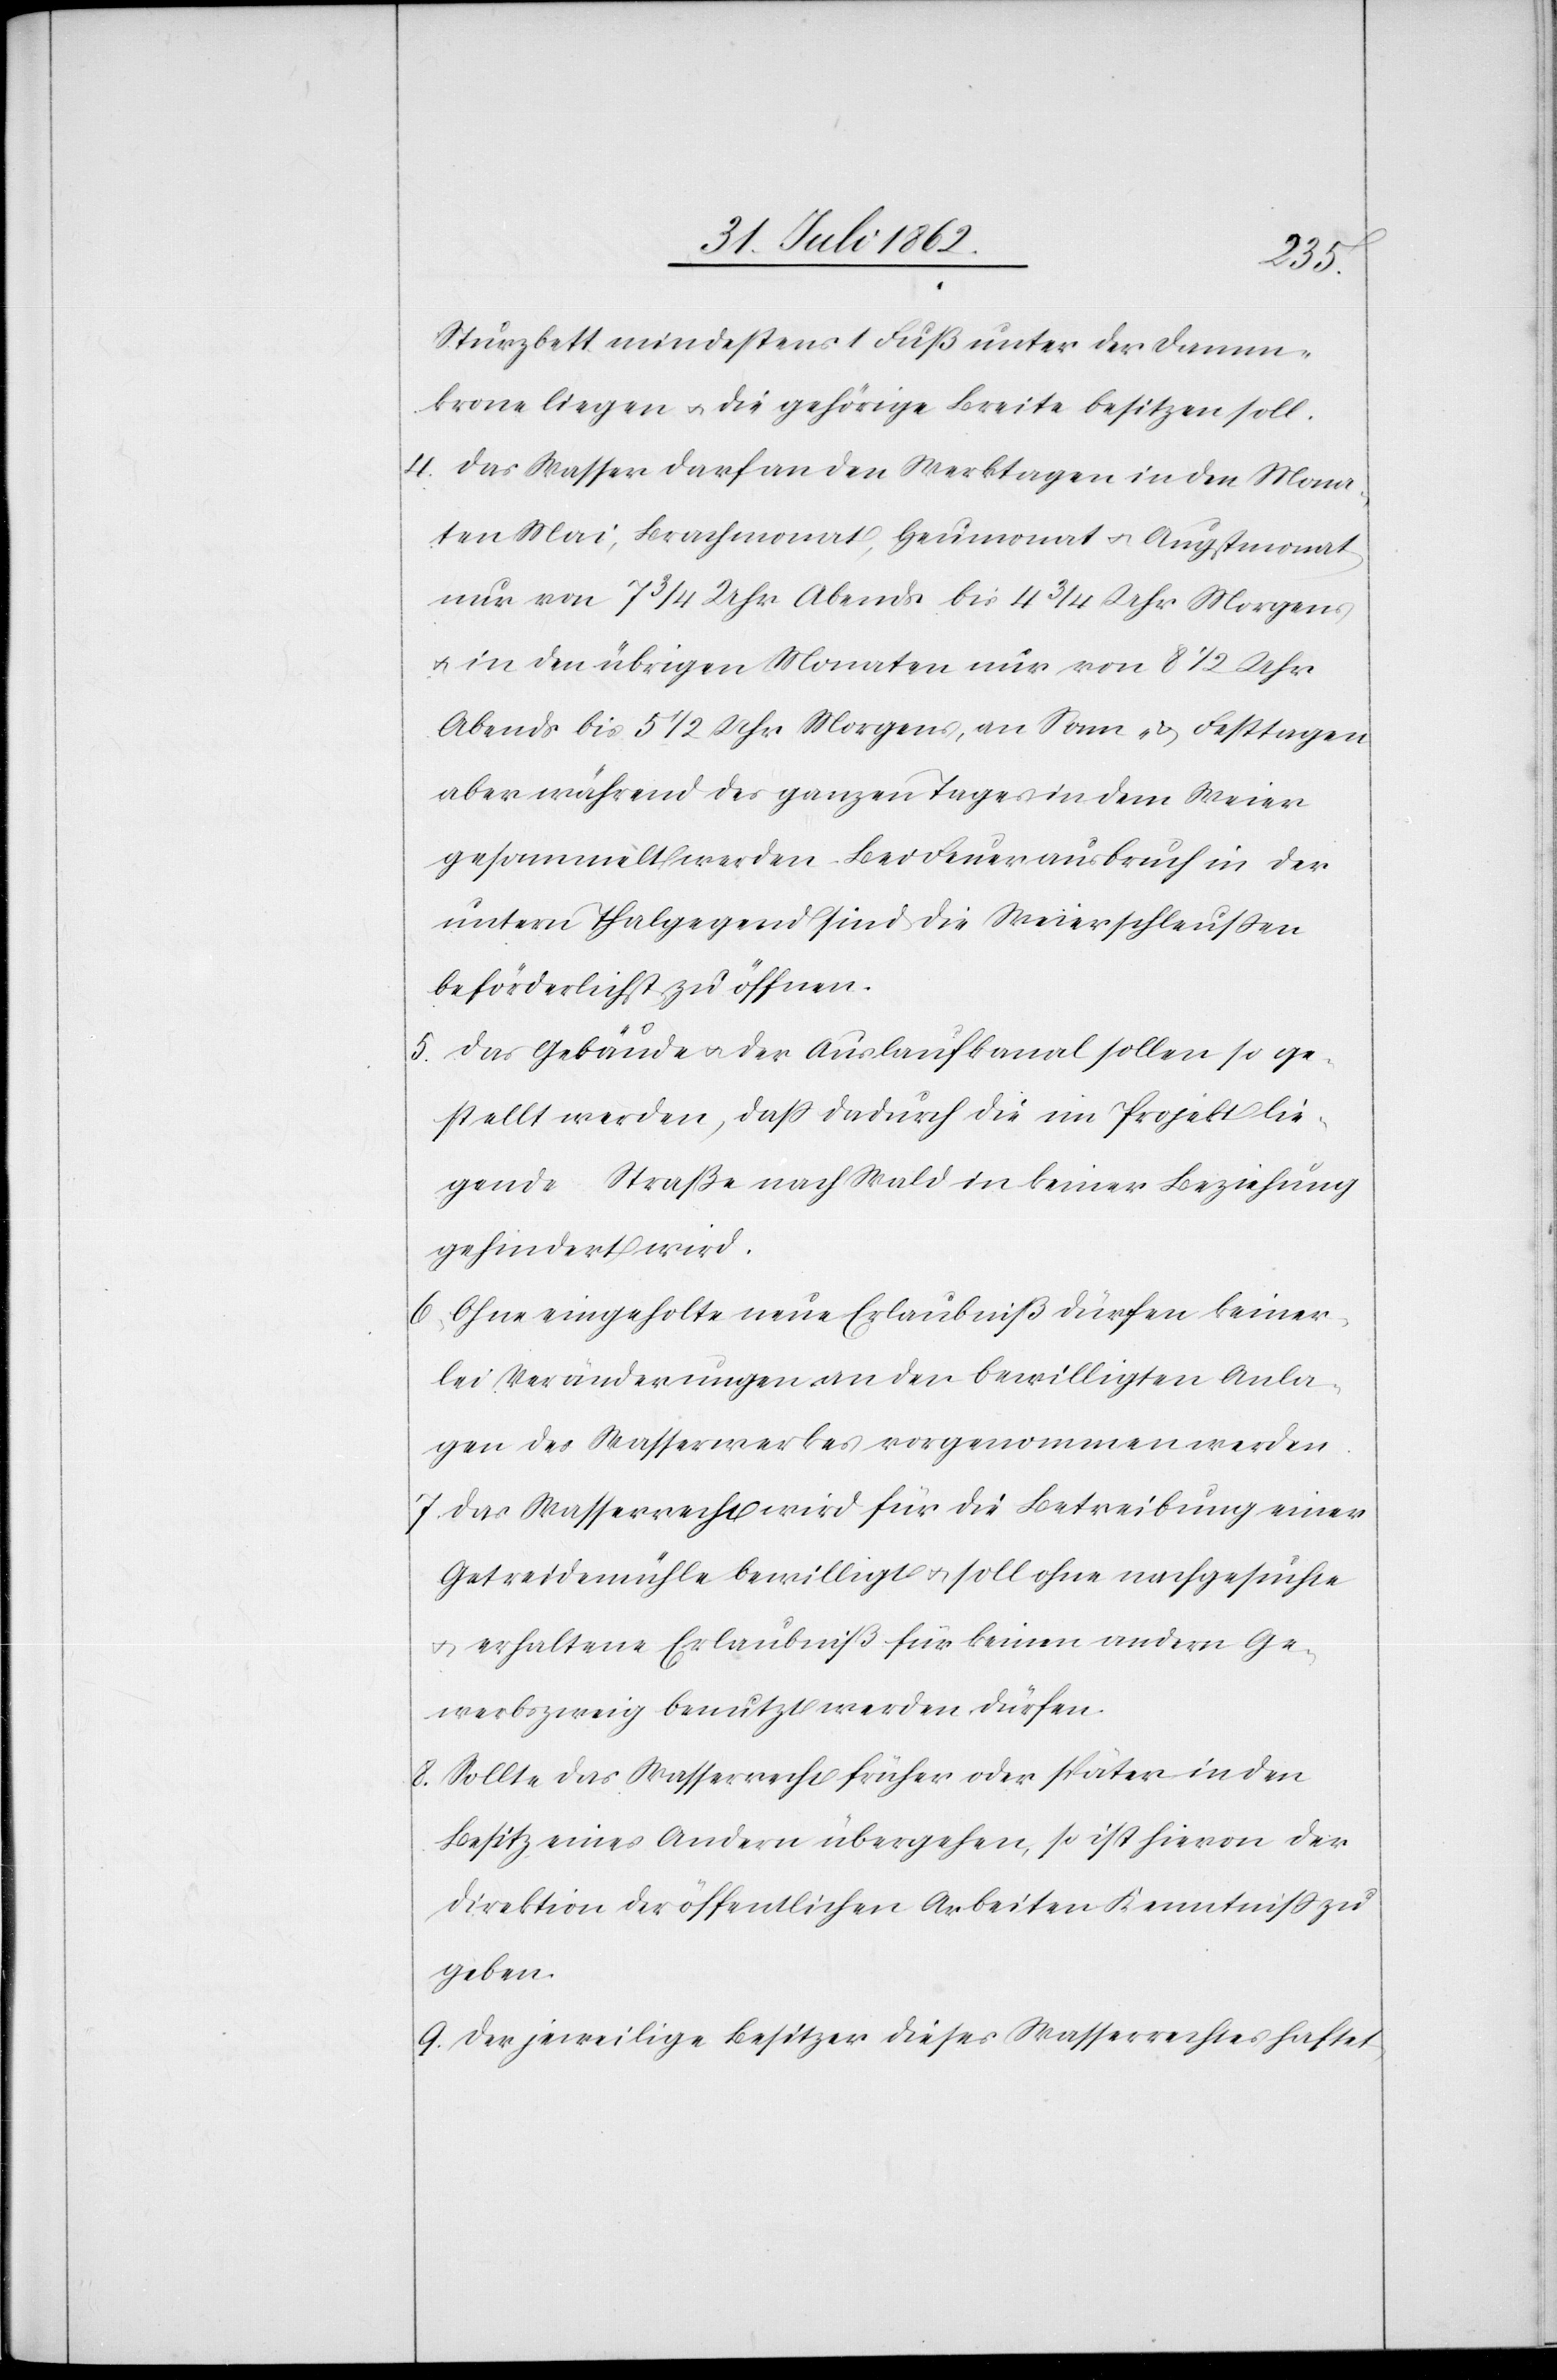
Sturzbett mindestens 1 Fuß unter der Damm¬
krone liegen u. die gehörige Breite besitzen soll.
4. Das Wasser darf an den Werktagen in den Mona¬
ten Mai, Brachmonat, Heumonat u. Augstmonat
nur von 7 3/4 Uhr Abends bis 4 3/4 Uhr Morgens
u. in den übrigen Monaten nur von 8 1/2 Uhr
Abends bis 5 1/2 Uhr morgens, an Sonn- u. Festtagen
aber während des ganzen Tages in dem Weier
gesammelt werden. Bei Feuerausbruch in der
untern Thalgegend sind die Weierschleußen
beförderlichst zu öffnen.
5. Das Gebäude u. der Auslaufkanal sollen so ge¬
stellt werden, daß dadurch die im Projekt lie¬
gende Straße nach Wald in keiner Beziehung
gehindert wird.
6. Ohne eingeholte neue Erlaubniß dürfen keiner¬
lei Veränderungen an den bewilligten Anla¬
gen des Wasserwerkes vorgenommen werden.
7. Das Wasserrecht wird für die Betreibung einer
Getreidemühle bewilligt u. soll ohne nachgesuchte
u. erhaltene Erlaubniß für keinen andern Ge¬
werbszweig benutzt werden dürfen.
8. Sollte das Wasserrecht früher oder später in den
Besitz eines Andern übergehen, so ist hievon der
Direktion der öffentlichen Arbeiten Kenntniß zu
geben.
9. Der jeweilige Besitzer dieses Wasserrechtes haftet